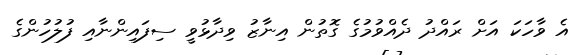
އެ ވާހަކަ އަށް ރައްދު ދެއްވުމުގެ ގޮތުން އިނާޒު ވިދާޅުވީ ސިފައިންނާއި ފުލުހުންގެ